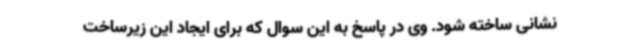
نشانی ساخته شود. وی در پاسخ به این سوال که برای ایجاد این زیرساخت